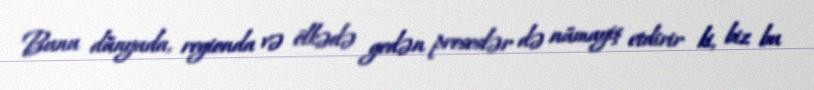
Bunu dünyada, regionda və ölkədə gedən proseslər də nümayiş etdirir ki, biz bu